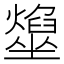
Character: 𡓢